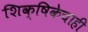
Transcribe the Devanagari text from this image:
शिक्षिकेचाही